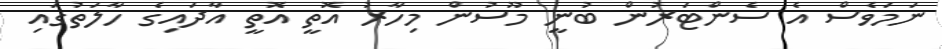
ނަމަވެސް އެ ސެންޓަރުން ބުނީ މޫސުން މިހާރު އޮތީ އޮތީ އާދައިގެ ހާލަތުގައި